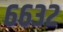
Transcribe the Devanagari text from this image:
६६३२